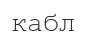
кабл